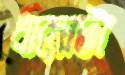
ধাক্কাটা